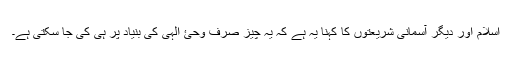
اسلام اور دیگر آسمانی شریعتوں کا کہنا یہ ہے کہ یہ چیز صرف وحئ الہٰی کی بنیاد پر ہی کی جا سکتی ہے۔